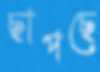
ছাপছে